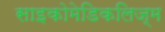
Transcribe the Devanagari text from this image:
साइकोमेडिकलिज्म